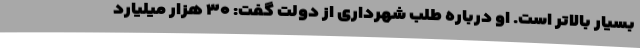
بسیار بالاتر است. او درباره طلب شهرداری از دولت گفت: ۳۰ هزار میلیارد